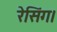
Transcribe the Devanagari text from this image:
रेसिंग।